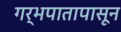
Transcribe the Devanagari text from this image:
गर्भपातापासून